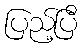
ပြည့်ပြီ